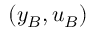
( y _ { B } , u _ { B } )